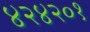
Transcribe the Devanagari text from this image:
४२४२०१